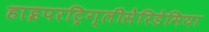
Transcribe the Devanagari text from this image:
हाइपरट्रिग्लीसेरिडेमिया